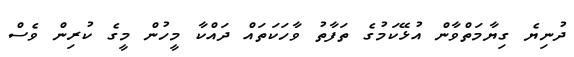
ދުނިޔެ ގިޔާމަތްވާން އުޅޭކަމުގެ ތަފާތު ވާހަކަތައް ދައްކާ މީހުން މީގެ ކުރިން ވެސް